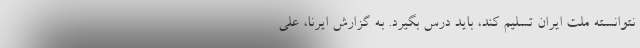
نتوانسته ملت ایران تسلیم کند، باید درس بگیرد. به گزارش ایرنا، علی